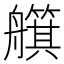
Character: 𦪵